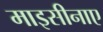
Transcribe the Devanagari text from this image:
माइसीनाए